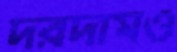
দরদামও